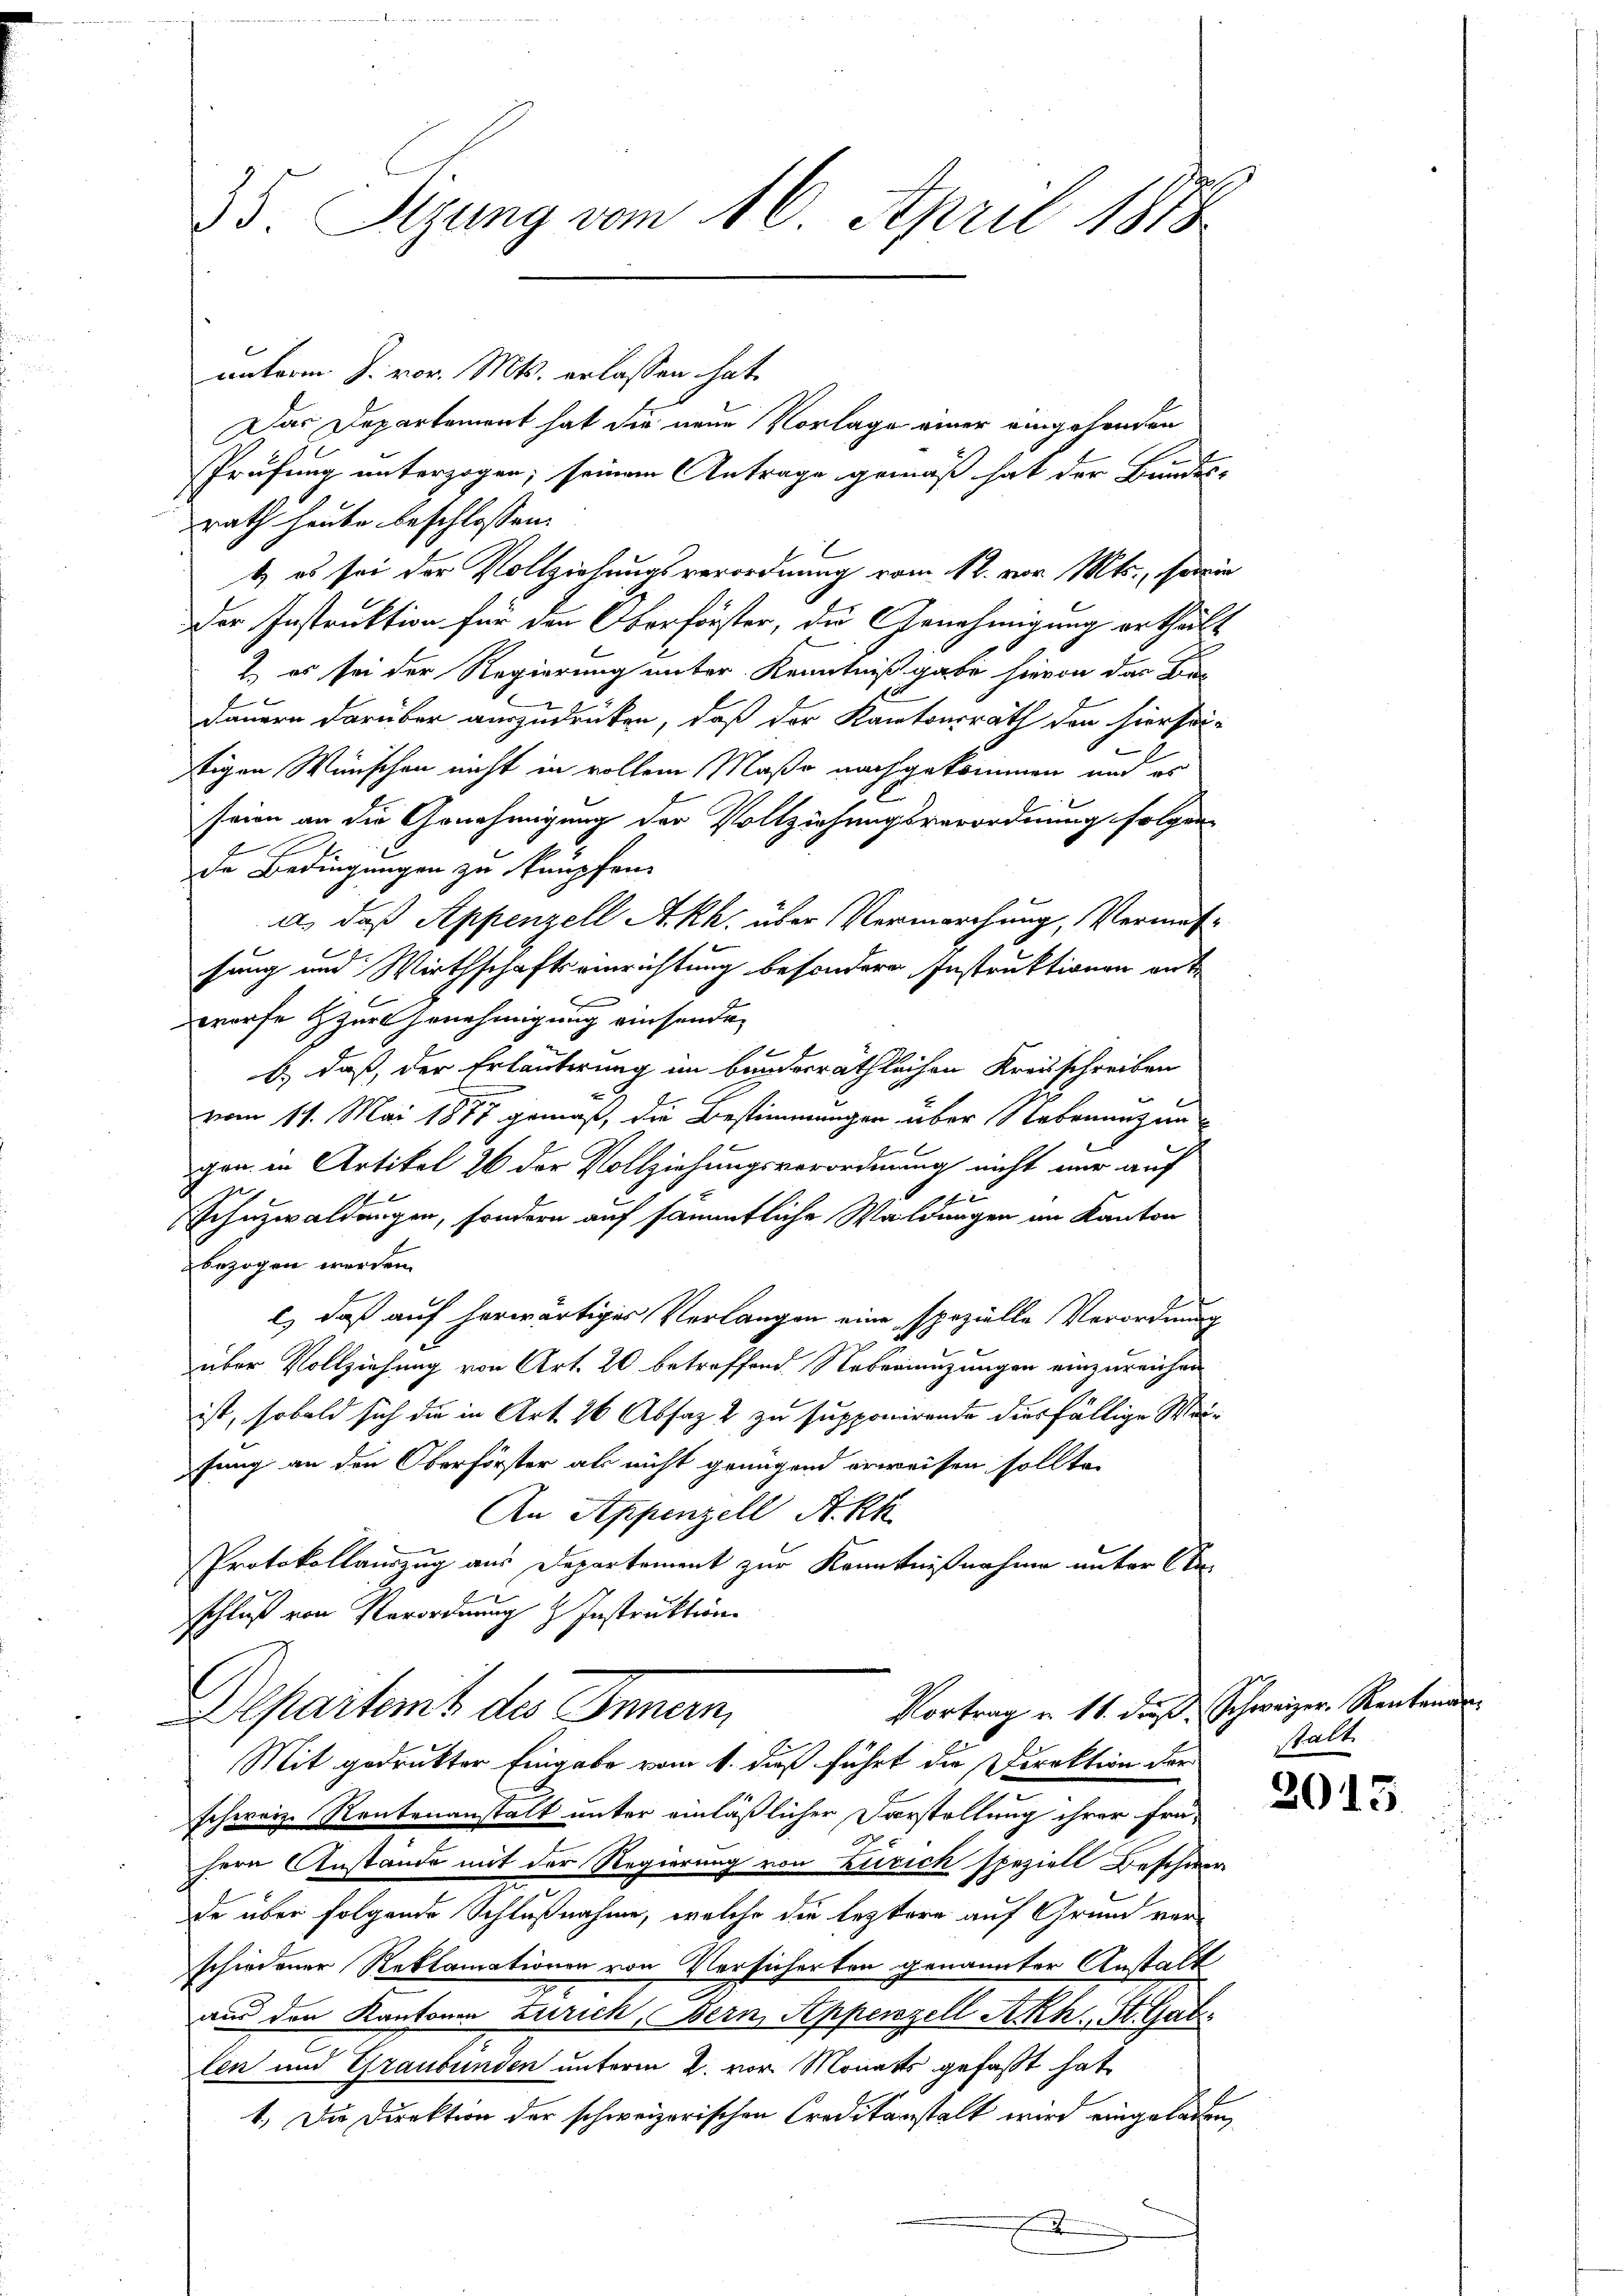
35. Segung vom 16. April 1888

unterm. J. vor. Mts. erlassen hat.
Das Departement hat die neue Vorlage einer eingehenden
Prüfung unterzogen; seinem Antrage gemäß hat der Bundes-
rath heute beschlossen:
E
t es sei der Vollziehungsverordnung vom 12. vor. Mts., so
Der Instruktion für den Oberförster, die Genehmigung ertheil
2) es sei der Regierung unter Kenntnißgabe hievon das Be-
Dauern darüber auszudrücken, daß der Kantonsrath den hiersei
2
tigen Wünschen nicht in vollem Maße nachgekommen und es
70.
seien an die Genehmigung der Vollziehungsverordnung folgen
de Bedingungen zu knüpfen.
a. daß Appenzell A.Rh. über Vermarchung, Vermessung und Wirthschaftsverrichtung besondern Instruktionen ant
worfe zur Genehmigung einsenden
b) daß der Erläuterung im Bunderräthlichen Kreisschreiben
vom 11. Mai 1877 gemäß, die Bestimmungen über Nebenenzen
gen in Artikel 26 der Vollziehungsverordnung nicht nur auf
Schuzwaldungen, sondern auf sämmtliche Waldungen im Kanton
bezogen werden.
l) daß auf herwärtiger Verlangen eine spezielle Verordnung
27
über Vollziehung von Art. 20 betreffend. Nebenenzungen einzureichen
ist, sobald sich die in Art. 26 Absaz & zu supponirende diesfällige Weifung an den Oberförster als nicht genügend erweisen sollte.
An Appenzell Akk
Protokollauszug aus Departement zur Kenntnißnahme unter Obe
x
schluß von Verordnung & Instruktion
Vortrag u. 11. dieß Schweizer. Rentenan
Departemt des Innern,
Mit gedruckter Eingabe vom 1. dieß führt die Direktion der
schweiz. Rentenanstalt unter einläßlicher Forstellung ihrer frä-
hern Anstände mit der Regierung von Zürich speziell Beschie
de über folgende Schlußnahme, welche die leztere auf Grund vor
schiedener Reklamationen von Versicherten genannter Anstalt
aus den Kantonen Zürich, Bern, Appenzell Ach, St. Gat
len und Graubünden unterm 2. vor. Monats gefaßt hat
1.) Die Direktion der schweizerischen Creditanstalt wird eingelasd

s
die
a

stalt.

2
e

2015